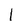
Character: I